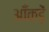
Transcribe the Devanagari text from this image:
आँकड़ें